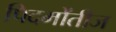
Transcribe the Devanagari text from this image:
पिदमोंतीज